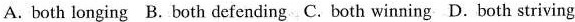
A. both jonging B.Both defending C.Both winning D. Both striving